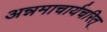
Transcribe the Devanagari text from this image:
अन्नमाचार्यचरित्